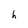
Character: h